Source: Handwritten
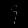
Digit: ၄ (4)